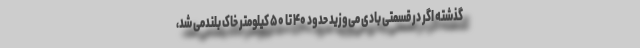
گذشته اگر در قسمتی بادی می‌وزید حدود ۴۰ تا ۵۰ کیلومتر خاک بلندمی شد،